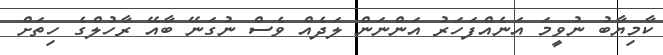
ކާމިޔާބު ނުވީމަ އަނެއްފަހަރު އަންނަން ލަދެއް ވެސް ނުގަނޭ ބާއޭ ރާހުލްގެ ހިތަށް